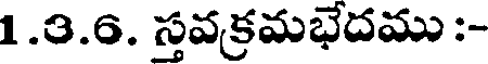
1.3.6. స్తవక్రమభేదము :-